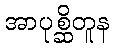
အာပုစ္ဆိတူန